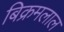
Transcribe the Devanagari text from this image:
बिक्रमलाल